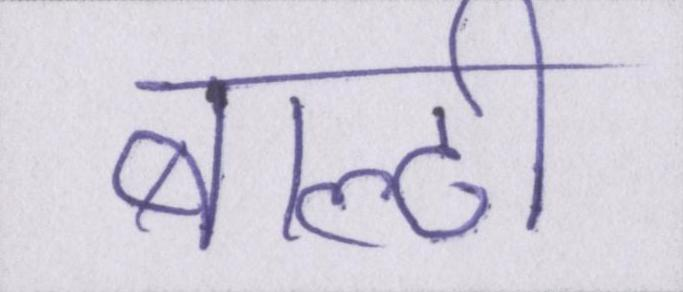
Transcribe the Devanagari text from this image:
बाल्टी